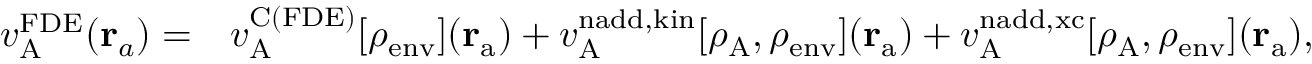
\begin{array} { r l } { v _ { \mathrm { A } } ^ { \mathrm { F D E } } ( \mathbf { r } _ { a } ) = } & { v _ { \mathrm { A } } ^ { \mathrm { C ( F D E ) } } [ \rho _ { \mathrm { e n v } } ] ( \mathbf { r } _ { \mathrm { a } } ) + v _ { \mathrm { A } } ^ { \mathrm { n a d d , k i n } } [ \rho _ { \mathrm { A } } , \rho _ { \mathrm { e n v } } ] ( \mathbf { r } _ { \mathrm { a } } ) + v _ { \mathrm { A } } ^ { \mathrm { n a d d , x c } } [ \rho _ { \mathrm { A } } , \rho _ { \mathrm { e n v } } ] ( \mathbf { r } _ { \mathrm { a } } ) , } \end{array}